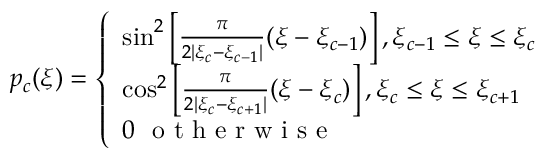
p _ { c } ( \xi ) = \left\{ \begin{array} { l l } { \sin ^ { 2 } \left[ \frac { \pi } { 2 | \xi _ { c } - \xi _ { c - 1 } | } ( \xi - \xi _ { c - 1 } ) \right] , \xi _ { c - 1 } \leq \xi \leq \xi _ { c } } \\ { \cos ^ { 2 } \left[ \frac { \pi } { 2 | \xi _ { c } - \xi _ { c + 1 } | } ( \xi - \xi _ { c } ) \right] , \xi _ { c } \leq \xi \leq \xi _ { c + 1 } } \\ { 0 \ \mathrm { ~ o ~ t ~ h ~ e ~ r ~ w ~ i ~ s ~ e ~ } } \end{array} \right.